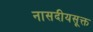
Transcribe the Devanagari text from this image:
नासदीयसूक्त